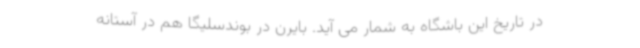
در تاریخ این باشگاه به شمار می آید. بایرن در بوندسلیگا هم در آستانه